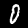
Label: 0